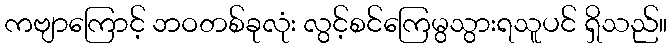
ကဗျာကြောင့် ဘဝတစ်ခုလုံး လွင့်စင်ကြေမွသွားရသူပင် ရှိသည်။